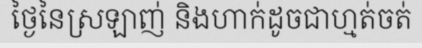
ថ្ងៃនៃស្រឡាញ់ និងហាក់ដូចជាហ្មត់ចត់